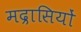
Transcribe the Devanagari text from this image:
मद्रासियों